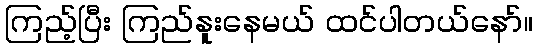
ကြည့်ပြီး ကြည်နူးနေမယ် ထင်ပါတယ်နော်။